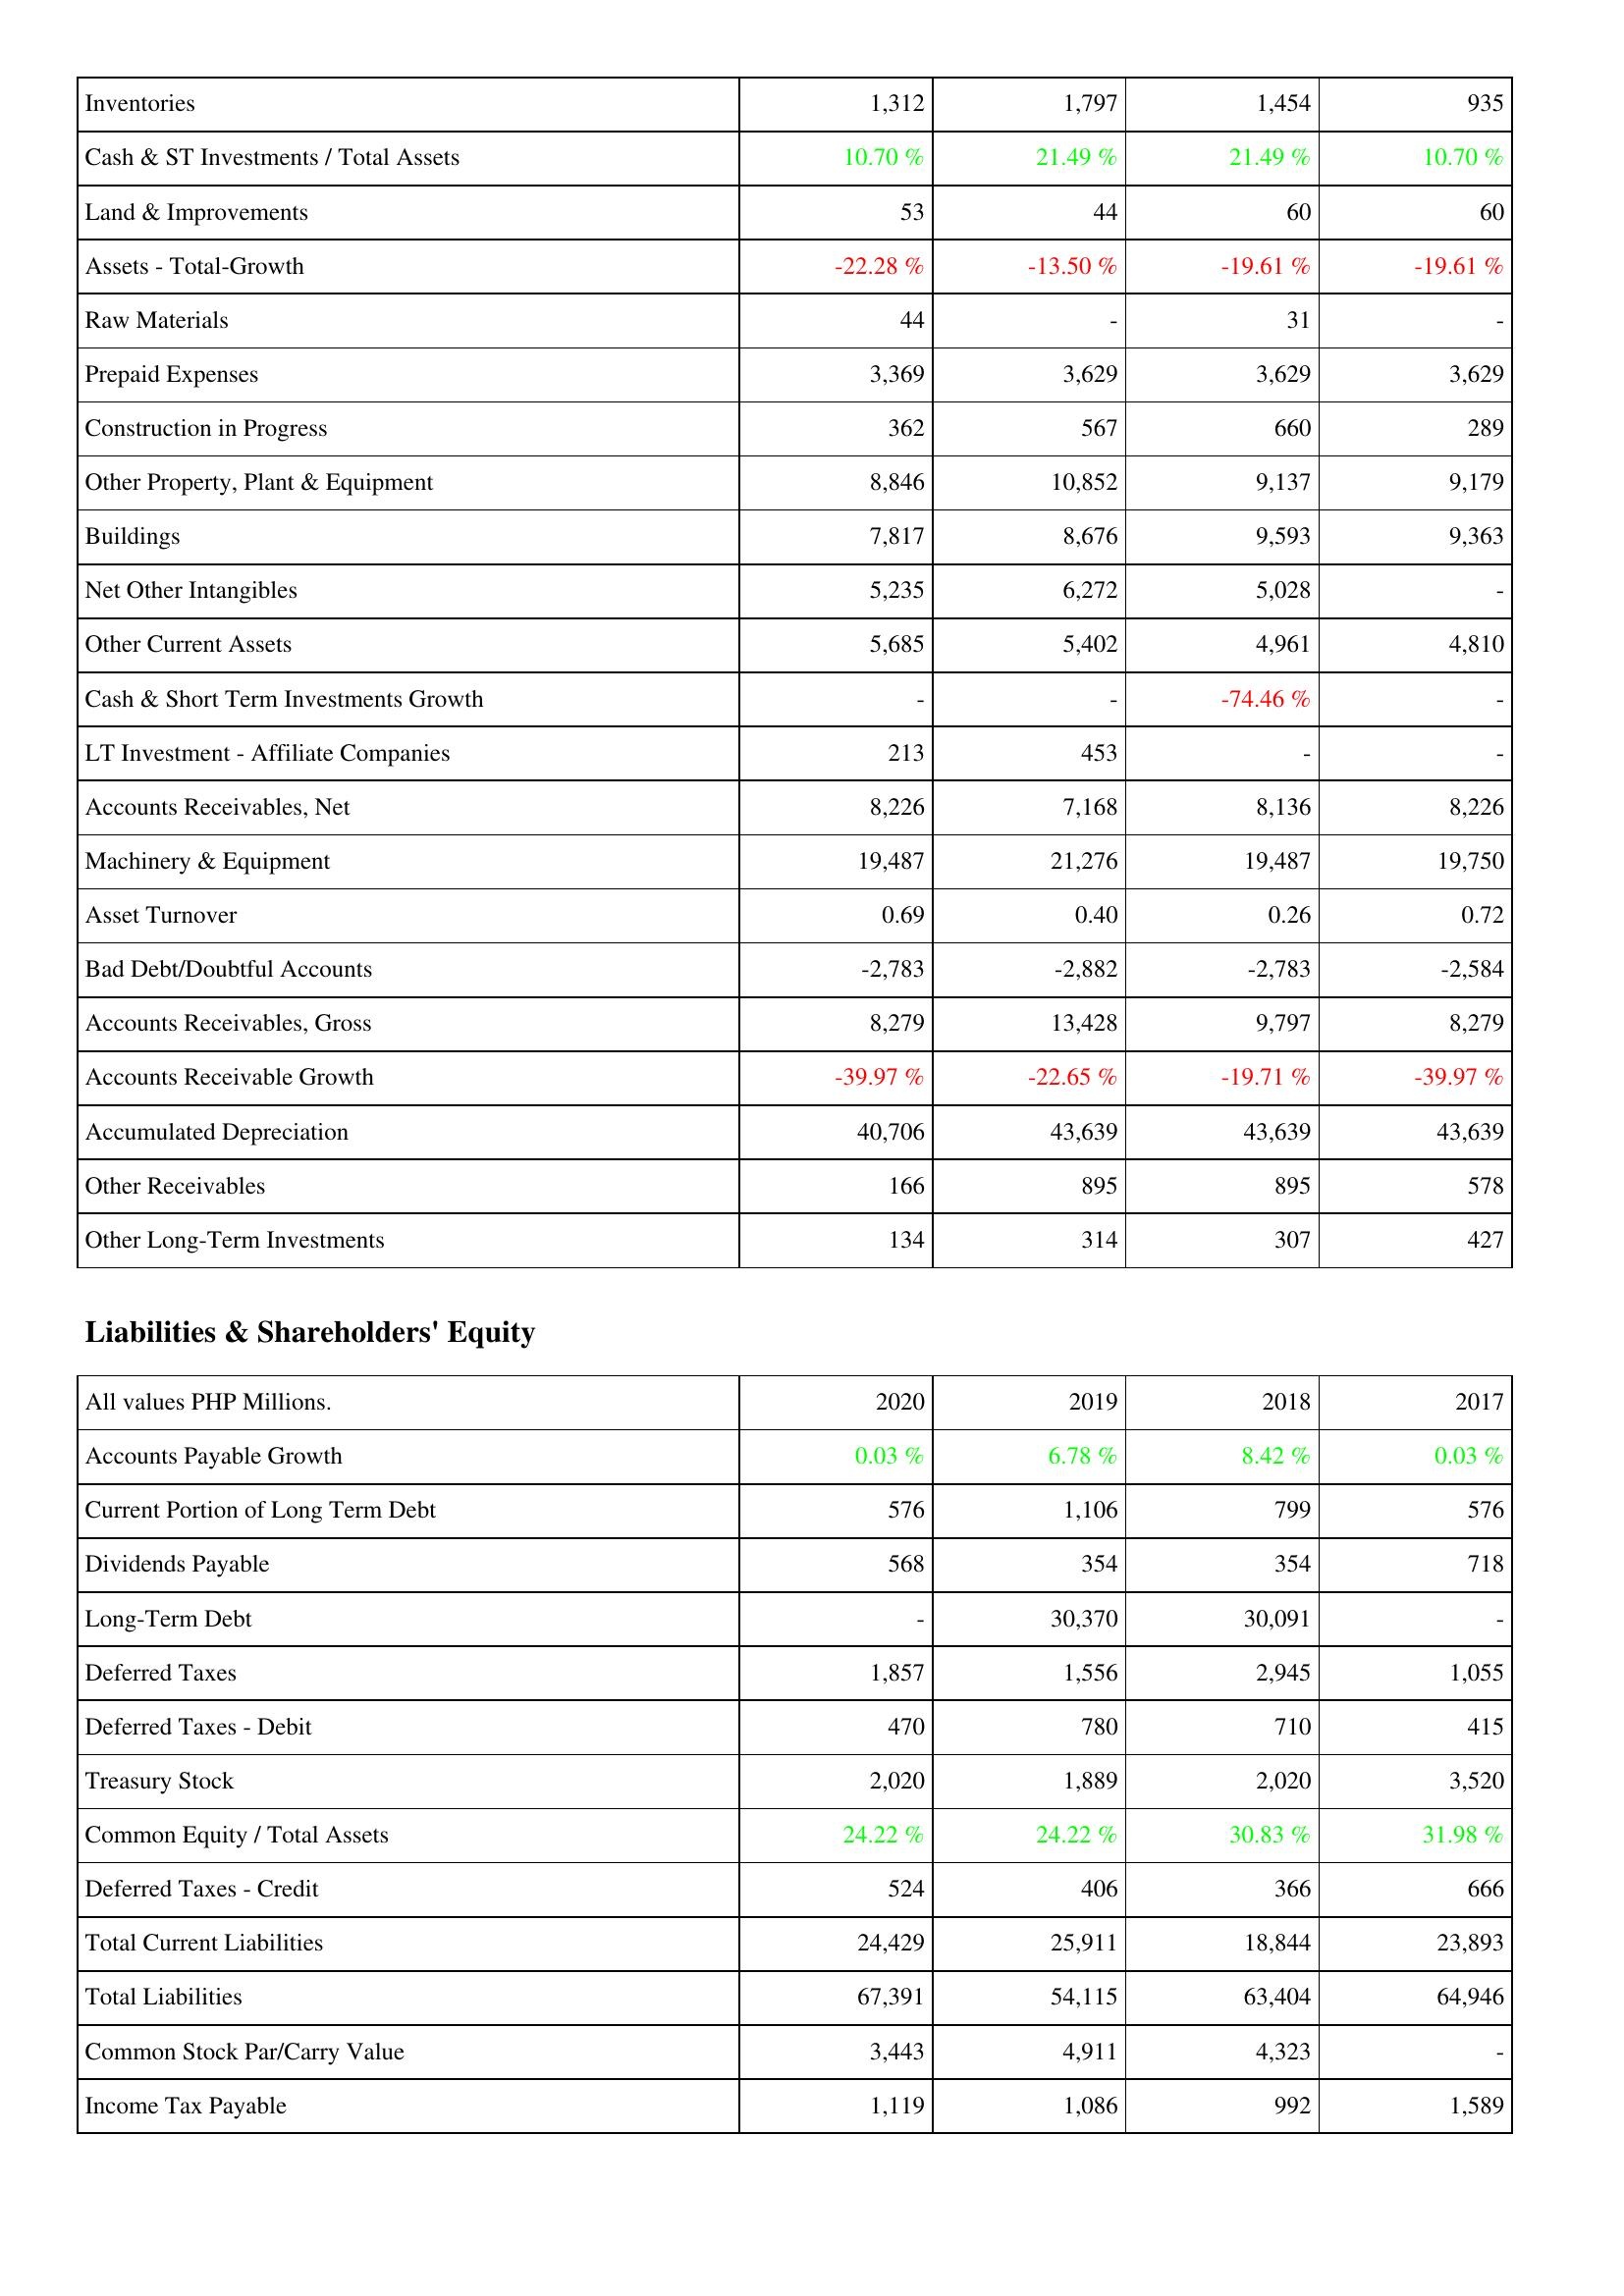
2020: Assets: Inventories: 1,312
Cash & ST Investments / Total Assets: 10.70 %
Land & Improvements: 53
Assets - Total-Growth: -22.28 %
Raw Materials: 44
Prepaid Expenses: 3,369
Construction in Progress: 362
Other Property, Plant & Equipment: 8,846
Buildings: 7,817
Net Other Intangibles: 5,235
Other Current Assets: 5,685
Cash & Short Term Investments Growth: -
LT Investment - Affiliate Companies: 213
Accounts Receivables, Net: 8,226
Machinery & Equipment: 19,487
Asset Turnover: 0.69
Bad Debt/Doubtful Accounts: -2,783
Accounts Receivables, Gross: 8,279
Accounts Receivable Growth: -39.97 %
Accumulated Depreciation: 40,706
Other Receivables: 166
Other Long-Term Investments: 134
Liabilities & Shareholders' Equity: Accounts Payable Growth: 0.03 %
Current Portion of Long Term Debt: 576
Dividends Payable: 568
Long-Term Debt: -
Deferred Taxes: 1,857
Deferred Taxes - Debit: 470
Treasury Stock: 2,020
Common Equity / Total Assets: 24.22 %
Deferred Taxes - Credit: 524
Total Current Liabilities: 24,429
Total Liabilities: 67,391
Common Stock Par/Carry Value: 3,443
Income Tax Payable: 1,119
2019: Assets: Inventories: 1,797
Cash & ST Investments / Total Assets: 21.49 %
Land & Improvements: 44
Assets - Total-Growth: -13.50 %
Raw Materials: -
Prepaid Expenses: 3,629
Construction in Progress: 567
Other Property, Plant & Equipment: 10,852
Buildings: 8,676
Net Other Intangibles: 6,272
Other Current Assets: 5,402
Cash & Short Term Investments Growth: -
LT Investment - Affiliate Companies: 453
Accounts Receivables, Net: 7,168
Machinery & Equipment: 21,276
Asset Turnover: 0.40
Bad Debt/Doubtful Accounts: -2,882
Accounts Receivables, Gross: 13,428
Accounts Receivable Growth: -22.65 %
Accumulated Depreciation: 43,639
Other Receivables: 895
Other Long-Term Investments: 314
Liabilities & Shareholders' Equity: Accounts Payable Growth: 6.78 %
Current Portion of Long Term Debt: 1,106
Dividends Payable: 354
Long-Term Debt: 30,370
Deferred Taxes: 1,556
Deferred Taxes - Debit: 780
Treasury Stock: 1,889
Common Equity / Total Assets: 24.22 %
Deferred Taxes - Credit: 406
Total Current Liabilities: 25,911
Total Liabilities: 54,115
Common Stock Par/Carry Value: 4,911
Income Tax Payable: 1,086
2018: Assets: Inventories: 1,454
Cash & ST Investments / Total Assets: 21.49 %
Land & Improvements: 60
Assets - Total-Growth: -19.61 %
Raw Materials: 31
Prepaid Expenses: 3,629
Construction in Progress: 660
Other Property, Plant & Equipment: 9,137
Buildings: 9,593
Net Other Intangibles: 5,028
Other Current Assets: 4,961
Cash & Short Term Investments Growth: -74.46 %
LT Investment - Affiliate Companies: -
Accounts Receivables, Net: 8,136
Machinery & Equipment: 19,487
Asset Turnover: 0.26
Bad Debt/Doubtful Accounts: -2,783
Accounts Receivables, Gross: 9,797
Accounts Receivable Growth: -19.71 %
Accumulated Depreciation: 43,639
Other Receivables: 895
Other Long-Term Investments: 307
Liabilities & Shareholders' Equity: Accounts Payable Growth: 8.42 %
Current Portion of Long Term Debt: 799
Dividends Payable: 354
Long-Term Debt: 30,091
Deferred Taxes: 2,945
Deferred Taxes - Debit: 710
Treasury Stock: 2,020
Common Equity / Total Assets: 30.83 %
Deferred Taxes - Credit: 366
Total Current Liabilities: 18,844
Total Liabilities: 63,404
Common Stock Par/Carry Value: 4,323
Income Tax Payable: 992
2017: Assets: Inventories: 935
Cash & ST Investments / Total Assets: 10.70 %
Land & Improvements: 60
Assets - Total-Growth: -19.61 %
Raw Materials: -
Prepaid Expenses: 3,629
Construction in Progress: 289
Other Property, Plant & Equipment: 9,179
Buildings: 9,363
Net Other Intangibles: -
Other Current Assets: 4,810
Cash & Short Term Investments Growth: -
LT Investment - Affiliate Companies: -
Accounts Receivables, Net: 8,226
Machinery & Equipment: 19,750
Asset Turnover: 0.72
Bad Debt/Doubtful Accounts: -2,584
Accounts Receivables, Gross: 8,279
Accounts Receivable Growth: -39.97 %
Accumulated Depreciation: 43,639
Other Receivables: 578
Other Long-Term Investments: 427
Liabilities & Shareholders' Equity: Accounts Payable Growth: 0.03 %
Current Portion of Long Term Debt: 576
Dividends Payable: 718
Long-Term Debt: -
Deferred Taxes: 1,055
Deferred Taxes - Debit: 415
Treasury Stock: 3,520
Common Equity / Total Assets: 31.98 %
Deferred Taxes - Credit: 666
Total Current Liabilities: 23,893
Total Liabilities: 64,946
Common Stock Par/Carry Value: -
Income Tax Payable: 1,589